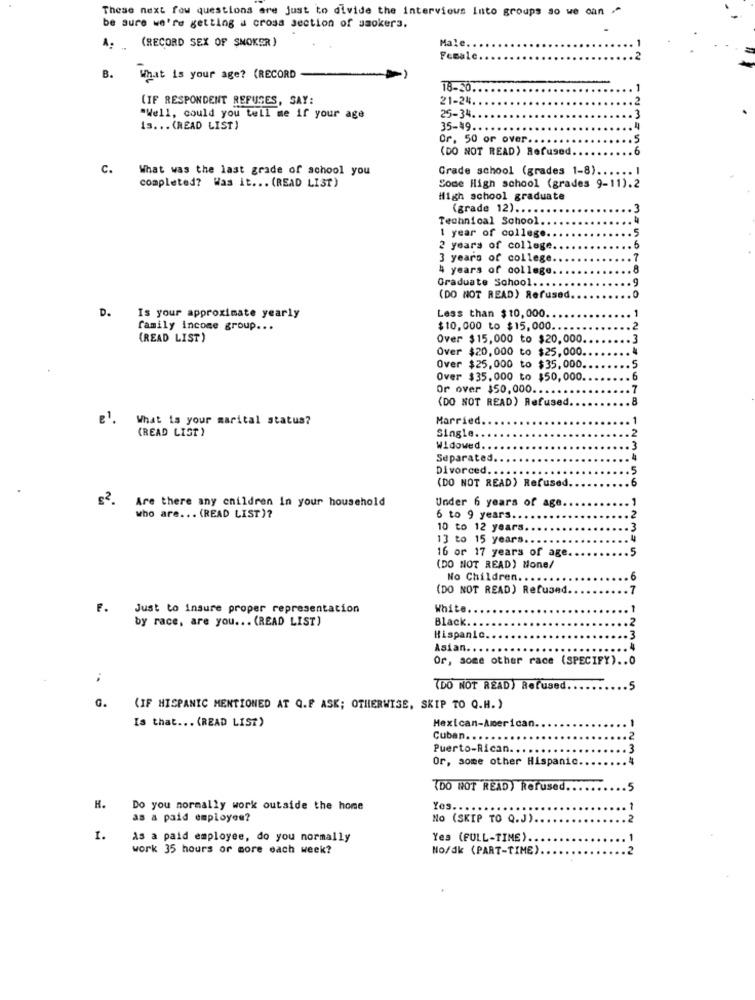
These next few questions are just to divide the interviews Into groups so we can "
be sure we're getting a cross section of smokers.
Male.
A. (RECORD SEX OF SMOKER)
Female.
B. What is your age? (RECORD
18-20
(IF RESPONDENT REFUSES, SAY:
21-24
25-34.
"Well, could you tell me if your age
is ... (READ LIST)
35-49.
Or. 50 or over.
(DO NOT READ) Refused.
c.
What was the last grade of school you
Grade school (grades 1-8) ...
-
completed? Was it ... (READ LIST)
Some High school (grades 9-11).2
High school graduate
(grade 12) ....
Technical School.
1 year of college.
2 years of college
.6
3 years of college
4 years of college
Graduate School ...
(DO NOT READ) Refused
D.
Less than $10,000.
Is your approximate yearly
family income group ...
$10,000 to $15,000 .....
(READ LIST)
Over $15,000 to $20,000
Over $20,000 to $25,000.
Over $25,000 to $35,000.
Over $35,000 to $50,000.
Or over $50,000 ...
(DO NOT READ) Refused.
What is your marital status?
Married.
(READ LIST )
Single ..
Widowed ..
Separated.
Divorced.
(DO NOT READ) Refused
£2.
Under 6 years of age
Are there any children In your household
who are ... (READ LIST )?
6 to 9 years.
.2
10 to 12 years.
13 to 15 years ..
16 or 17 years of age
5
(DO NOT READ) None/
No Children .....
6
(DO NOT READ) Refused.
F.
Just to insure proper representation
White
by race, are you ... (READ LIST)
Black.
Hispanic.
3
Asian ...
Or, some other race (SPECIFY) .. 0
34567890 12345678 123456 12345 67 12340
(DO NOT READ) Refused.
.5
G.
(IF HISPANIC MENTIONED AT Q.F ASK; OTHERWISE, SKIP TO Q.H. )
Is that ... (READ LIST)
Mexican-American
Cuban.
Puerto-Rican.
Or, some other Hispanic.
(DO NOT READ) Refused ..
.5
H.
Do you normally work outside the home
Yes. ....
as a paid employee?
NO (SKIP TO Q.J).
I.
As a paid employee, do you normally
Yes (FULL-TIME).
work 35 hours or more each week?
No/dk (PART-TIME)